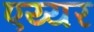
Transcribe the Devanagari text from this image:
एय्यर